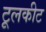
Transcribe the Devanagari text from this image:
टूलकीट